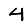
Digit: 4